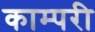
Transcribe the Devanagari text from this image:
काम्परी